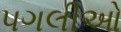
પગલીઓ